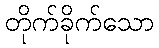
တိုက်ခိုက်သော